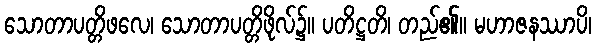
သောတာပတ္တိဖလေ၊ သောတာပတ္တိဖိုလ်၌။ ပတိဋ္ဌတိ၊ တည်၏။ မဟာဇနဿာပိ၊